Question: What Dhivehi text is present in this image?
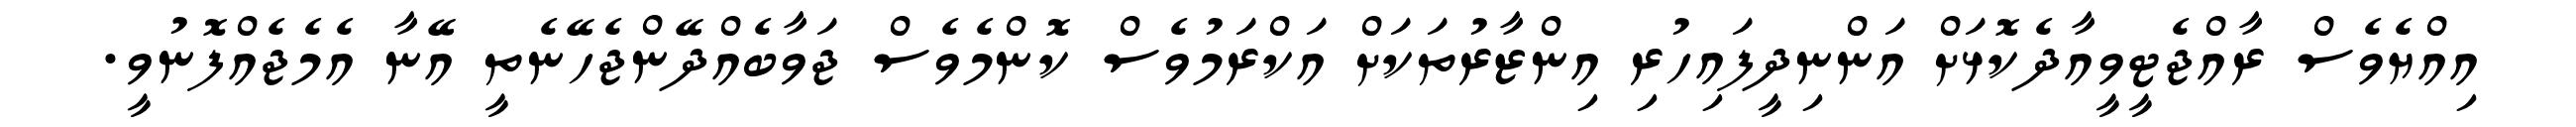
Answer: އިއްޔެވެސް ރާއްޖެޓީވީއާދެކޮޅަށް އަންނިދީފައިހުރި އިންޒާރުތަކަށް އަކްރަމުވެސް ކޮންމެވެސް ޖަވާބެއްދޭންޖެހޭނެތީ އޭނާ އެމެޖެއްފޮނުވީ.